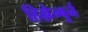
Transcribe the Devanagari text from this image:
हिल्लेन्बुर्न